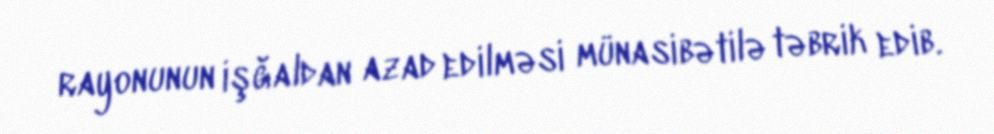
rayonunun işğaldan azad edilməsi münasibətilə təbrik edib.